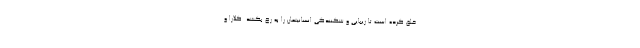
خلق کرده است تا زیبایی و شکنندگی انسانیتمان را به رخ بکشد. کلارا و